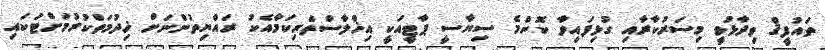
ތައުފީޤް ވިދާޅުވީ މިސަރުކާރާއި ގުޅިފައިވާ ކޮންމެ ސިޔާސީ ޕާޓީއަކީ އިޚްލާސްތެރިކަމާއެކު ރައްޔިތުންނަށް ޚިދުމަތްކުރުމަށްޓަކައި